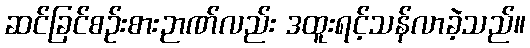
ဆင်ခြင်စဉ်းစားဉာဏ်လည်း ဒထူးရင့်သန်လာခဲ့သည်။